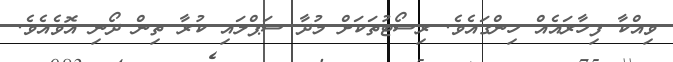
ވިއްކާ ފިހާރައެއް ހިންގައެވެ. ރިސޯޓުތަކަށް މުދާ ސަޕްލައި ކުރާ ތިން ދޯނި އޮވެއެވެ.